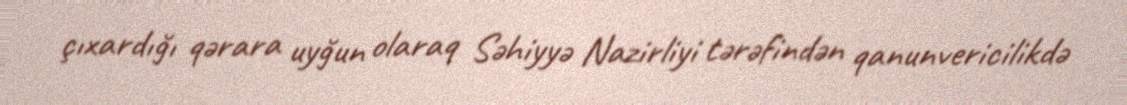
çıxardığı qərara uyğun olaraq Səhiyyə Nazirliyi tərəfindən qanunvericilikdə